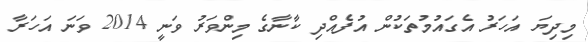
މިދިޔަ އަހަރު އެގައުމުތަކުން އުފެއްދި ކާނާގެ މިންވަރު ވަނީ 2014 ވަނަ އަހަރާ